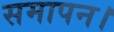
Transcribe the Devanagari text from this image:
समापन।